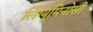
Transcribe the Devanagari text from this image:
लिग्यूमिनोसी